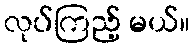
လုပ်ကြည့် မယ်။